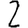
Digit: 2